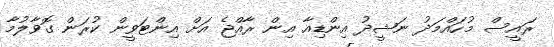
ރައީސް މުހައްމަދު ނަޝީދު އިންޑިއާ އިން ރާއްޖެ އަށް އިންޓަވީން ކުރަން ގޮވާލުމާ